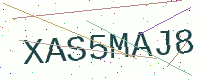
Text: XAS5MAJ8